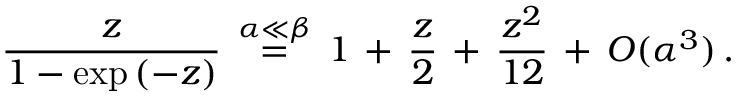
\frac { z } { 1 - \exp { ( - z ) } } \, \stackrel { \alpha \ll \beta } { = } \, 1 \, + \, \frac { z } { 2 } \, + \, \frac { z ^ { 2 } } { 1 2 } \, + \, { \cal { O } } ( \alpha ^ { 3 } ) \, .